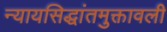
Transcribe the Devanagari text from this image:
न्यायसिद्धांतमुक्तावली